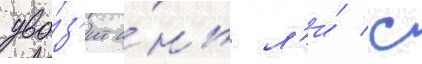
уво́з'ит и́нь л'и́ с